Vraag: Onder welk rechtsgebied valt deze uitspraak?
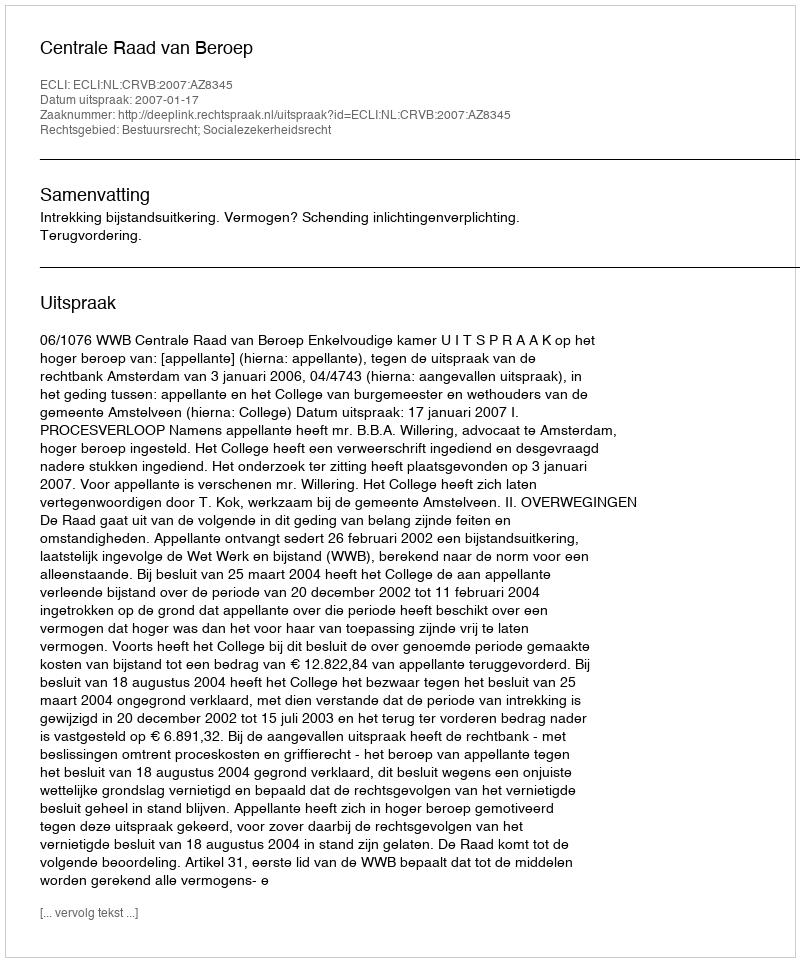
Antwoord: Bestuursrecht; Socialezekerheidsrecht